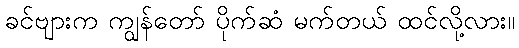
ခင်ဗျားက ကျွန်တော် ပိုက်ဆံ မက်တယ် ထင်လို့လား။